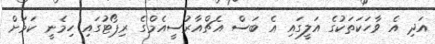
އަދި އެ ވާހަކަތަކުގެ އަލީގައި އެ ބަސް އެޗްއާރުސީއެމްގެ ރިޕޯޓުގައި ހިމެނީ ކަމަށް